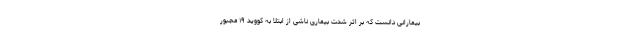
بیمارانی دانست که بر اثر شدت بیماری ناشی از ابتلا به کووید ۱۹ مجبور